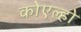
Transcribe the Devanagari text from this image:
कोएल्हो